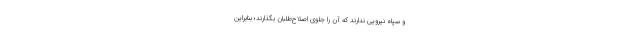
و سپاه نیرویی ندارند که آن را جلوی اصلاح‌طلبان بگذارند؛ بنابراین